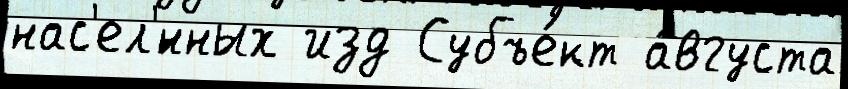
нас'ел'́нных изд Субъе́кт а́вгуста